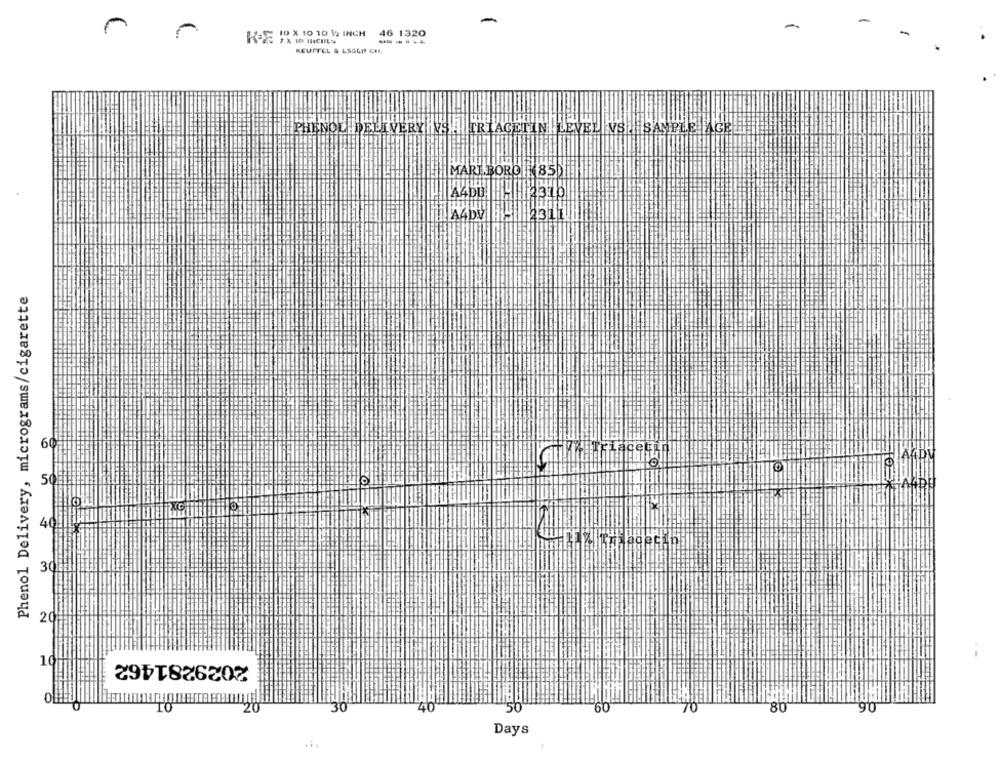
-
10 X 10 10 1/2 INCH
46 1320
KE 7 X 10 INCIILY
-----
REUTTEL & LSSUPP CHI.
PHENOL
DELIVERY | |TRIAGETIN LEVEL VS SAMPLE AGRE
MARI BORDI 85
A4DU
2310
Phenol Delivery, micrograms/cigarette
61
AGDV
50
TO
30
2
2029281462
10
0
30
40
50
60
70
80
90
Days
...